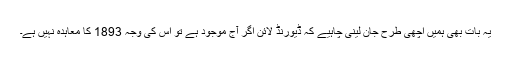
یہ بات بھی ہمیں اچھی طرح جان لینی چاہیے کہ ڈیورنڈ لائن اگر آج موجود ہے تو اس کی وجہ 1893 کا معاہدہ نہیں ہے۔